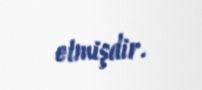
etmişdir.